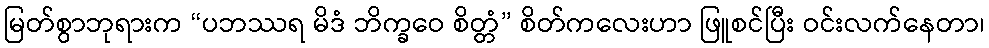
မြတ်စွာဘုရားက “ပဘဿရ မိဒံ ဘိက္ခဝေ စိတ္တံ” စိတ်ကလေးဟာ ဖြူစင်ပြီး ဝင်းလက်နေတာ၊